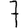
Digit: 7